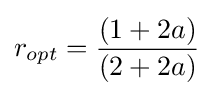
r_{opt}={\frac {(1+2a)}{(2+2a)}}